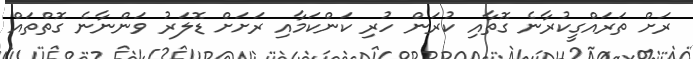
ރަށް ތަރައްގީކުރާނެ ގޮތާއި ކުރަން ހުރި ކަންކަމާއި ރަށަށް ޑޮލަރު ވަންނާނެ ގޮތްތައް